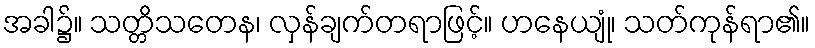
အခါ၌။ သတ္တိသတေန၊ လှန်ချက်တရာဖြင့်။ ဟနေယျုံ၊ သတ်ကုန်ရာ၏။